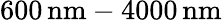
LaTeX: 600\, \textrm{nm}-4000\, \textrm{nm}